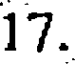
17.